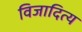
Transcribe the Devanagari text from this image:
विजादित्य